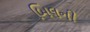
બિલની